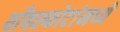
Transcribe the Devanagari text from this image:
बाँबस्फोटांमध्ये